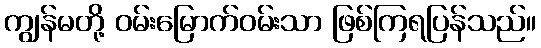
ကျွန်မတို့ ဝမ်းမြောက်ဝမ်းသာ ဖြစ်ကြရပြန်သည်။